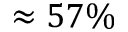
\approx 5 7 \%